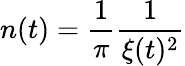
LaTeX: n(t)=\frac{1}{\pi}\frac{1}{\xi(t)^{2}}